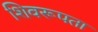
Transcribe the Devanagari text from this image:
शिवरूपता